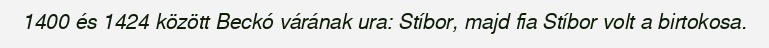
1400 és 1424 között Beckó várának ura: Stíbor, majd fia Stíbor volt a birtokosa.